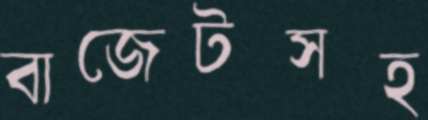
বাজেটসহ